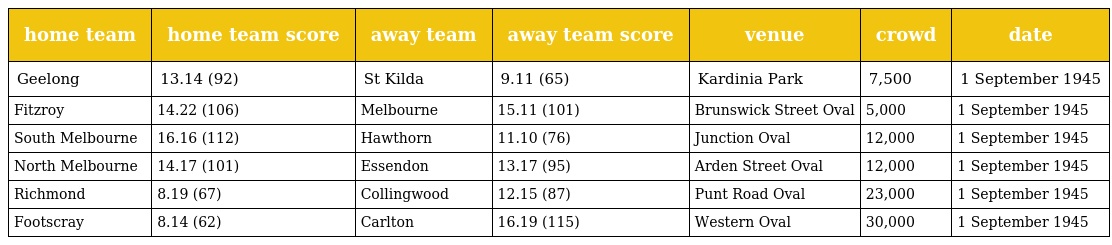
| home team | home team score | away team | away team score | venue | crowd | date |
 | --- | --- | --- | --- | --- | --- | --- |
 | Geelong | 13.14 (92) | St Kilda | 9.11 (65) | Kardinia Park | 7,500 | 1 September 1945 |
 | Fitzroy | 14.22 (106) | Melbourne | 15.11 (101) | Brunswick Street Oval | 5,000 | 1 September 1945 |
 | South Melbourne | 16.16 (112) | Hawthorn | 11.10 (76) | Junction Oval | 12,000 | 1 September 1945 |
 | North Melbourne | 14.17 (101) | Essendon | 13.17 (95) | Arden Street Oval | 12,000 | 1 September 1945 |
 | Richmond | 8.19 (67) | Collingwood | 12.15 (87) | Punt Road Oval | 23,000 | 1 September 1945 |
 | Footscray | 8.14 (62) | Carlton | 16.19 (115) | Western Oval | 30,000 | 1 September 1945 |